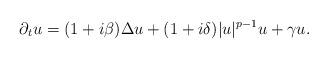
LaTeX: \begin{align*} \partial_t u = (1 + i \beta ) \Delta u + (1 + i \delta) | u|^{p-1} u + \gamma u. \end{align*}